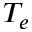
T _ { e }